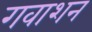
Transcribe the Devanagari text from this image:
गवाशन